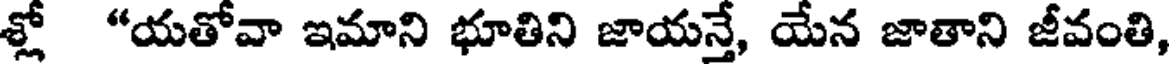
శ్లో "యతోవా ఇమాని భూతిని జాయన్తే, యేన జాతాని జీవంతి,